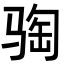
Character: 𫘦